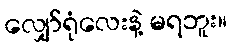
လျှော်ရုံလေးနဲ့ မရဘူး။